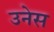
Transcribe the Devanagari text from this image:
उनेस